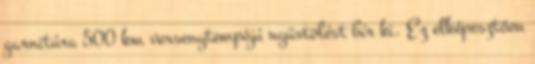
garnitúra 500 km versenytempójú nyüstölést bír ki. Ez elképesztően